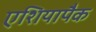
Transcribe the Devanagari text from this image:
एशियापैक